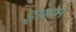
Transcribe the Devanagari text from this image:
इफ्रेम